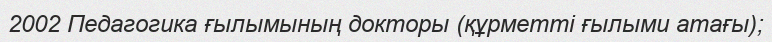
2002 Педагогика ғылымының докторы (құрметті ғылыми атағы);